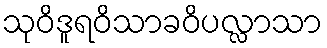
သုဝိဒူရဝိသာခဝိပလ္လာသာ